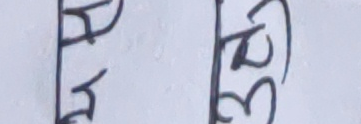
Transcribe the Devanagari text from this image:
अय (३२)